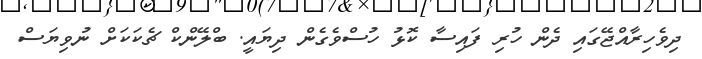
ދިވެހިރާއްޖޭގައި ދެން ހުރި ފައިސާ ކޮޅު ހުސްވެގެން ދިޔައީ. ބްލޭންކް ޗެކަކަށް ނުވިޔަސް